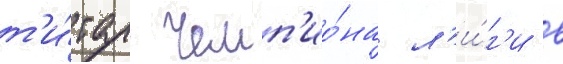
т'и́тул чемп'ио́на л'и́г'и в